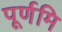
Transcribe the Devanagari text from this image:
पूर्णमि